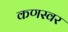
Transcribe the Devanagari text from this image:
कणस्वर